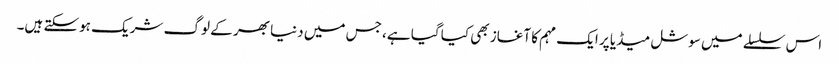
اس سلسلے میں سوشل میڈیا پر ایک مہم کا آغاز بھی کیا گیا ہے، جس میں دنیا بھر کے لوگ شریک ہوسکتے ہیں۔